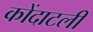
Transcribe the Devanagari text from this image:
कोंदाटली